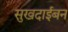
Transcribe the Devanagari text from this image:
सुखदाईबन